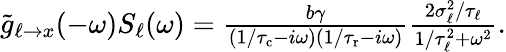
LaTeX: \begin{array}{r}{\tilde{g}_{\ell\to x}(-\omega)S_{\ell}(\omega)=\frac{b\gamma}{(1/{\tau_{\mathrm{c}}}-i\omega)(1/{\tau_{\mathrm{r}}}-i\omega)}\frac{2\sigma_{\ell}^{2}/\tau_{\ell}}{1/\tau_{\ell}^{2}+\omega^{2}}.}\end{array}